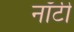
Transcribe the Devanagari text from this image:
नॉटी